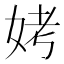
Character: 㛈